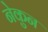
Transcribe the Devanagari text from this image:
नेकुन